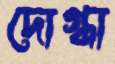
দোগ্ধা